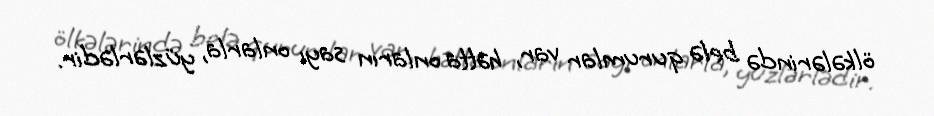
ölkələrində belə qurumlar var, hətta onların sayı onlarla, yüzlərlədir.